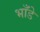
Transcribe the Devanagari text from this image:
भाँडे